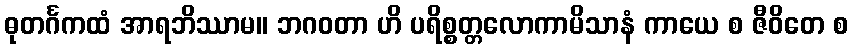
ဓုတင်္ဂကထံ အာရဘိဿာမ။ ဘဂဝတာ ဟိ ပရိစ္စတ္တလောကာမိသာနံ ကာယေ စ ဇီဝိတေ စ